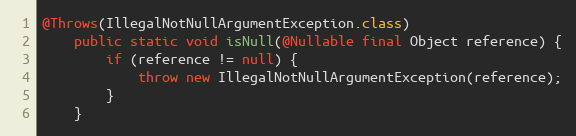
Language: Java
@Throws(IllegalNotNullArgumentException.class)
	public static void isNull(@Nullable final Object reference) {
		if (reference != null) {
			throw new IllegalNotNullArgumentException(reference);
		}
	}